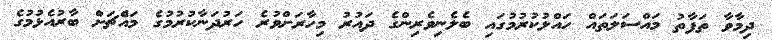
ދިމާވާ ތަފާތު މައްސަލަތައް ހައްލުކުރުމުގައި ބެލެނިވެރިންގެ ދައުރު މިހާރަށްވުރެ ހަރުދަނާކުރުމުގެ މައެްޗަށް ބާރުއެޅުމުގެ